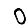
Digit: 0